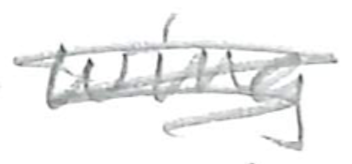
Text: wing
Cross-out: scratch
Writing tool: pencil